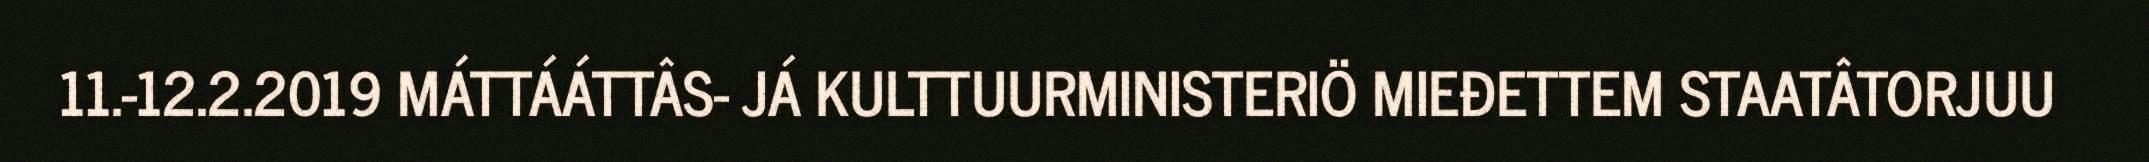
11.-12.2.2019 MÁTTÁÁTTÂS- JÁ KULTTUURMINISTERIÖ MIEĐETTEM STAATÂTORJUU